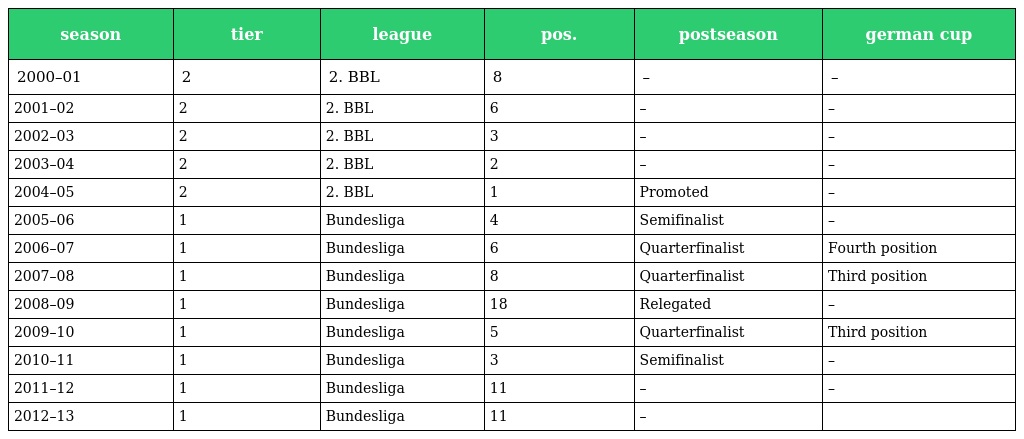
| season | tier | league | pos. | postseason | german cup |
 | --- | --- | --- | --- | --- | --- |
 | 2000–01 | 2 | 2. BBL | 8 | – | – |
 | 2001–02 | 2 | 2. BBL | 6 | – | – |
 | 2002–03 | 2 | 2. BBL | 3 | – | – |
 | 2003–04 | 2 | 2. BBL | 2 | – | – |
 | 2004–05 | 2 | 2. BBL | 1 | Promoted | – |
 | 2005–06 | 1 | Bundesliga | 4 | Semifinalist | – |
 | 2006–07 | 1 | Bundesliga | 6 | Quarterfinalist | Fourth position |
 | 2007–08 | 1 | Bundesliga | 8 | Quarterfinalist | Third position |
 | 2008–09 | 1 | Bundesliga | 18 | Relegated | – |
 | 2009–10 | 1 | Bundesliga | 5 | Quarterfinalist | Third position |
 | 2010–11 | 1 | Bundesliga | 3 | Semifinalist | – |
 | 2011–12 | 1 | Bundesliga | 11 | – | – |
 | 2012–13 | 1 | Bundesliga | 11 | – |  |